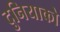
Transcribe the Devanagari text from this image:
दुनियाको